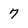
Character: 7